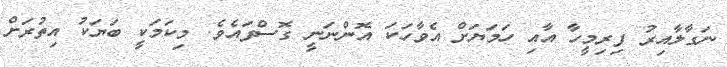
ނަގާލާއިރު ފިރިމީހާ އާއި ހަމަޔަށް އެވާހަކަ އޮންނަނީ ގޮސްފައެވެ. މިކަމަކީ ބަޔަކު އިތުރަށް